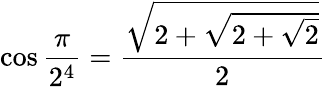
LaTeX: \cos{\frac{\pi}{2^{4}}}={\frac{\sqrt{2+{\sqrt{2+{\sqrt{2}}}}}}{2}}